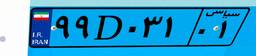
۹۹D۰۳۱۰۱